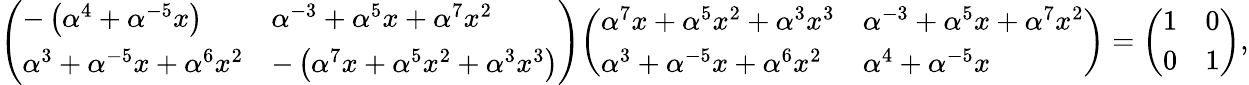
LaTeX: {\left(\begin{array}{ll}{-\left(\alpha^{4}+\alpha^{-5}x\right)}&{\alpha^{-3}+\alpha^{5}x+\alpha^{7}x^{2}}\\ {\alpha^{3}+\alpha^{-5}x+\alpha^{6}x^{2}}&{-\left(\alpha^{7}x+\alpha^{5}x^{2}+\alpha^{3}x^{3}\right)}\end{array}\right)}{\left(\begin{array}{ll}{\alpha^{7}x+\alpha^{5}x^{2}+\alpha^{3}x^{3}}&{\alpha^{-3}+\alpha^{5}x+\alpha^{7}x^{2}}\\ {\alpha^{3}+\alpha^{-5}x+\alpha^{6}x^{2}}&{\alpha^{4}+\alpha^{-5}x}\end{array}\right)}={\left(\begin{array}{ll}{1}&{0}\\ {0}&{1}\end{array}\right)},